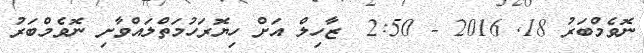
ނޮވެމްބަރު 18